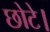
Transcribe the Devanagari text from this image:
छोटे।